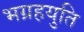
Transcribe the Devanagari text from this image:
भग्रहयुति